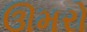
ઊમરો